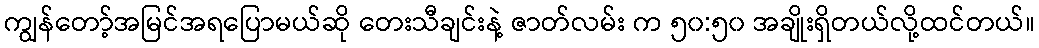
ကျွန်တော့်အမြင်အရပြောမယ်ဆို တေးသီချင်းနဲ့ ဇာတ်လမ်း က ၅၀:၅၀ အချိုးရှိတယ်လို့ထင်တယ်။